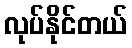
လုပ်နိုင်တယ်